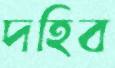
দহিব